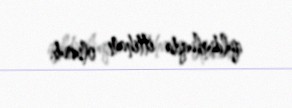
quldurluqda ittiham olunub.